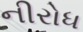
નીરોધ